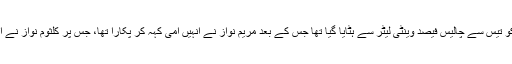
ذرائع کے مطابق کلثوم نواز کو تیس سے چالیس فیصد وینٹی لیٹر سے ہٹایا گیا تھا جس کے بعد مریم نواز نے انہیں امی کہہ کر پکارا تھا، جس پر کلثوم نواز نے آنکھیں کھول کر جواب دیا تھا۔